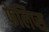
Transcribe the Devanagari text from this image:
फेलिप्स